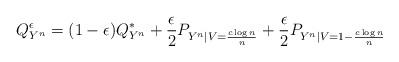
LaTeX: \begin{align*}Q^\epsilon _{Y^n}=(1-\epsilon) Q^\ast _{Y^n}+\frac{\epsilon}{2} P_{Y^n | V=\frac{c\log n}{n}}+\frac{\epsilon}{2} P_{Y^n | V=1-\frac{c\log n}{n}} \end{align*}